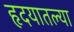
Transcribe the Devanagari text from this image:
हृदयातल्या